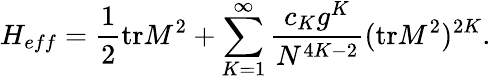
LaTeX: H_{eff}=\frac{1}{2}\mathrm{tr}M^{2}+\sum_{K=1}^{\infty}\frac{c_{K}g^{K}}{N^{4K-2}}(\mathrm{tr}M^{2})^{2K}.